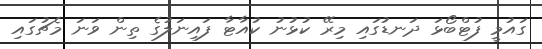
ގައުމީ ފުޓްބޯޅަ ދަނޑުގައި މިރޭ ކުޅުނު ކުއާޓާ ފައިނަލުގެ ތިން ވަނަ މެޗުގައި